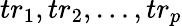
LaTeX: {tr_{1},tr_{2},\ldots,tr_{p}}